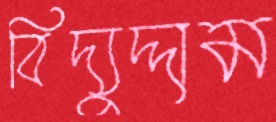
বিদ্যুদ্দাম